Report on vaccination in Madras 1895-1903 - 1895-1903
Year: 1895
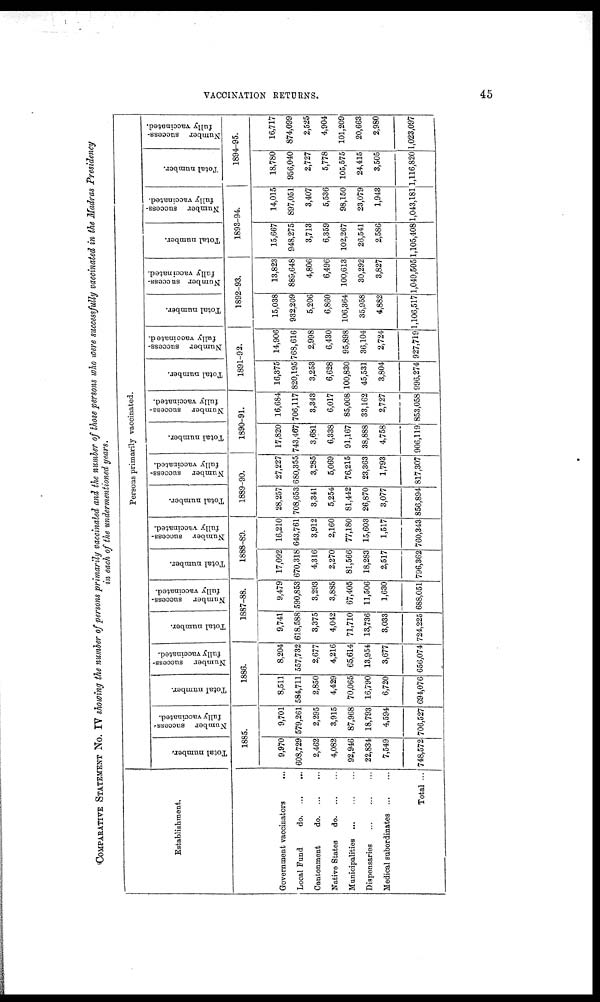
VACCINATION RETURNS.
45
COMPARATIVE STATEMENT No. IV showing the number of persons primarily vaccinated and the number of those persons who were successfully vaccinated in the Madras Presidency
in each of the undermentioned years.
Establishment.
Government vaccinators
...
Local Fund
do. ... ...
Cantonment
do.
...
...
Native States
do. ... ...
Municipalities
...
...
...
Dispensaries ... ... ...
Medical subordinates
...
...
Total ...
Persons primarily vaccinated.
Total number.
Number success-
fully vaccinated.
1885.
9,970
608,729
2,462
4,082
92,946
22,834
7,549
748,572
9,701
579,261
2,295
3,915
87,968
18,793
4,594
706,527
Total number.
Number success-
fully vaccinated.
1886.
8,511
584,711
2,850
4,429
70,065
16,790
6,720
694,076
8,204
557,732
2,677
4,216
65,614
13,954
3,677
656,074
Total number.
Number success-
fully vaccinated.
1887-88.
9,741
618,588
3,375
4,042
71,710
13,736
3,033
724,225
9,479
590,853
3,293
3,885
67,405
11,506
1,630
688,051
Total number.
Number success-
fully vaccinated.
1888-89.
17,092
670,318
4,316
2,270
81,566
18,283
2,517
796,362
16,210
643,761
3,912
2,160
77,180
15,603
1,517
760,343
Total number.
Number success-
fully vaccinated.
1889-90.
28,257
708,653
3,341
5,254
81,442
26,870
3,077
856,894
27,227
680,355
3,285
5,069
76,215
23,363
1,793
817,307
Total number.
Number success-
fully vaccinated.
1890-91.
17,820
743,467
3,681
6,338
91,167
38,888
4,758
906,119
16,684
706,117
3,343
6,017
85,008
33,162
2,727
853,058
Total number.
Number success-
fully vaccinated.
1891-92.
16,375
820,195
3,253
6,628
100,830
45,531
3,804
996,274
14,906
768,616
2,998
6,430
95,898
36,104
2,724
927,719
Total number.
Number success-
fully vaccinated.
1892-93.
15,038
932,209
5,206
6,860
106,364
35,958
4,882
1,106,517
13,823
889,648
4,806
6,496
100,613
30,292
3,827
1,049,505
Total number.
Number success-
fully vaccinated.
1893-94.
15,667
948,275
3,713
6,359
102,267
26,541
2,586
1,105,408
14,015
897,051
3,407
5,536
98,150
23,079
1,943
1,043,181
Total number.
Number success-
fully vaccinated.
1894-95.
18,780
956,040
2,727
5,778
105,575
24,415
3,505
1,116,820
16,717
874,099
2,525
4,904
101,209
20,663
2,980
1,023,097